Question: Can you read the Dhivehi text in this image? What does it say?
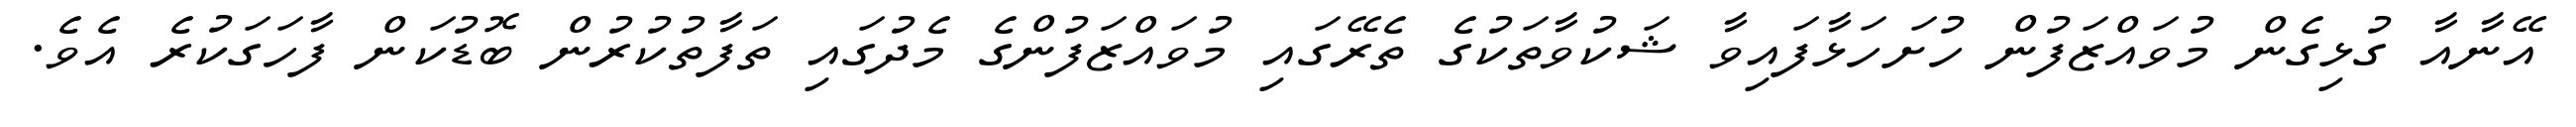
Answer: އޭނާއާ ގުޅިގެން މުވައްޒަފުން ހުށަހަޅާފައިވާ ޝަކުވާތަކުގެ ތެރޭގައި މުވައްޒަފުންގެ މެދުގައި ތަފާތުކުރުން ބޮޑުކަން ފާހަގަކުރެ އެވެ.